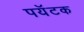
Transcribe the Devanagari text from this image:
पयॅटक